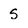
Character: S